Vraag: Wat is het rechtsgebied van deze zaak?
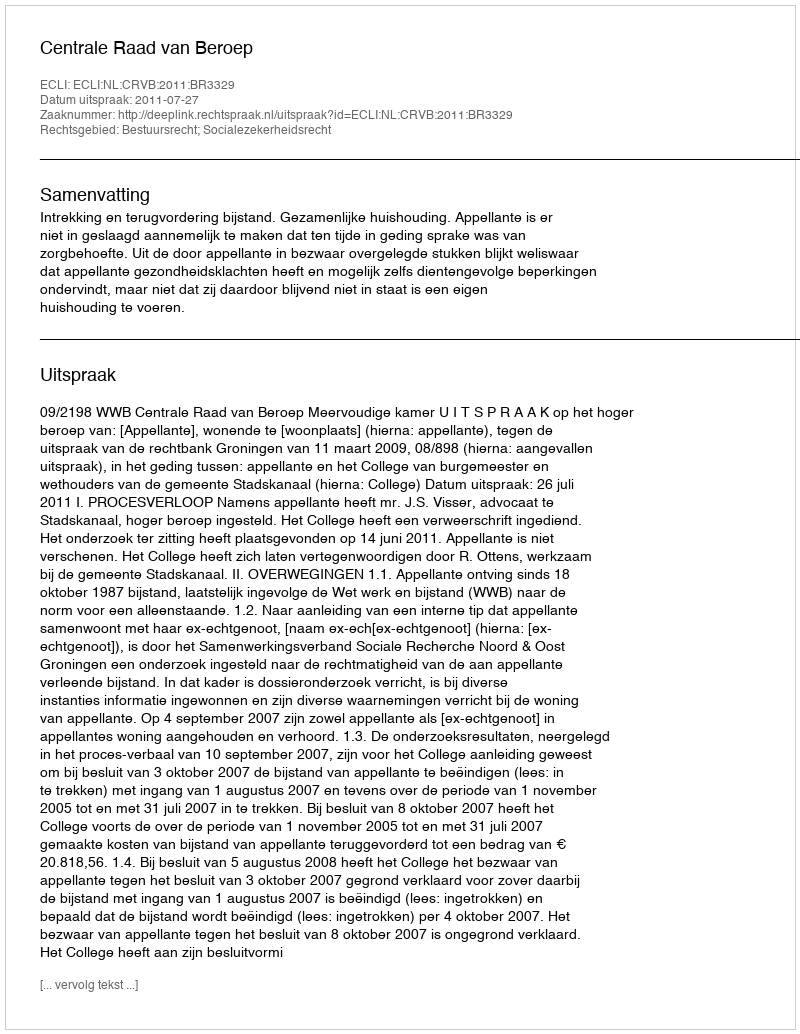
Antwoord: Bestuursrecht; Socialezekerheidsrecht